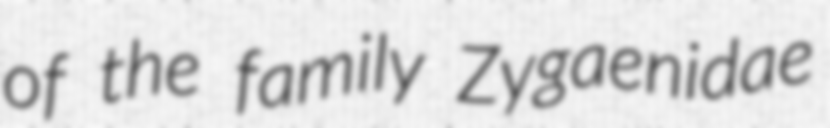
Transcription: of the family Zygaenidae